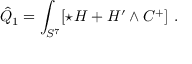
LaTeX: \hat { Q } _ { 1 } = \int _ { S ^ { 7 } } [ \star H + H ^ { \prime } \wedge C ^ { + } ] \ .